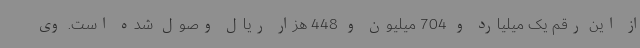
از این رقم یک میلیارد و 704 میلیون و 448 هزار ریال وصول شده است. وی